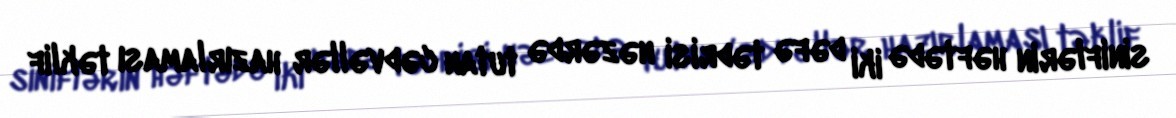
siniflərin həftədə iki dəfə tədrisi nəzərdə tutan cədvəllər hazırlaması təklif